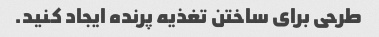
طرحی برای ساختن تغذیه پرنده ایجاد کنید.